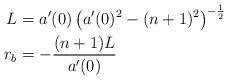
LaTeX: \begin{align*}L &= a'(0)\left( a'(0)^2- (n+1)^2 \right)^{-\frac{1}{2}}\\r_b &= -\frac{(n+1)L}{a'(0)}\end{align*}